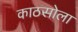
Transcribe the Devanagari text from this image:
काठसोला